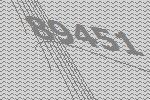
89451